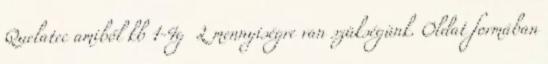
Quelatec amiből kb 1-4g L mennyiségre van szükségünk. Oldat formában